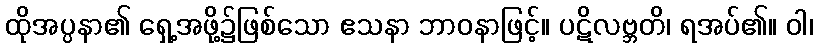
ထိုအပ္ပနာ၏ ရှေ့အဖို့၌ဖြစ်သော ဧသနာ ဘာဝနာဖြင့်။ ပဋိလဗ္ဘတိ၊ ရအပ်၏။ ဝါ၊